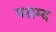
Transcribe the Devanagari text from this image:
पसम्द